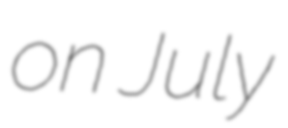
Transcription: on July